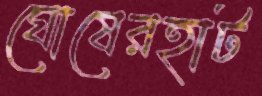
ঘোষেরহাট